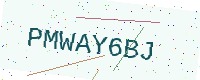
Text: PMWAY6BJ